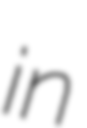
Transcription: in